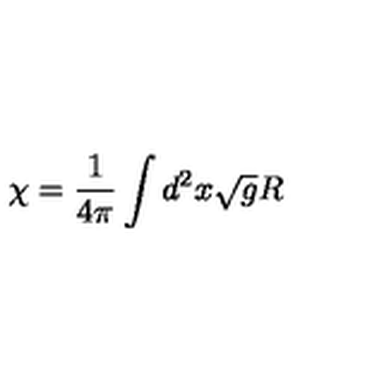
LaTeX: \chi = \frac { 1 } { 4 \pi } \int d ^ { 2 } x \sqrt { g } R